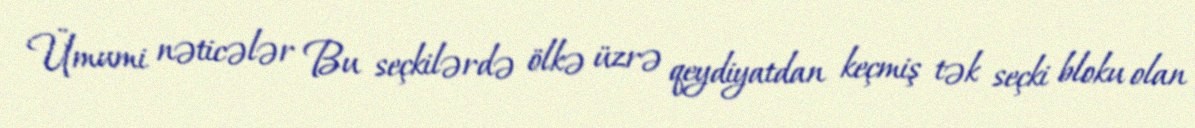
Ümumi nəticələr Bu seçkilərdə ölkə üzrə qeydiyatdan keçmiş tək seçki bloku olan